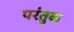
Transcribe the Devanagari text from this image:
परंतुक